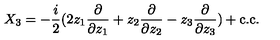
X _ { 3 } = - \frac { i } { 2 } ( 2 z _ { 1 } \frac { \partial } { \partial z _ { 1 } } + z _ { 2 } \frac { \partial } { \partial z _ { 2 } } - z _ { 3 } \frac { \partial } { \partial z _ { 3 } } ) + \mathrm { c . c } .